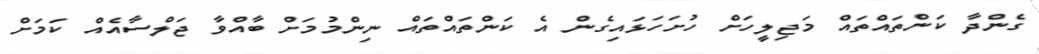
ގެންދާ ކަންތައްތައް މަޖިލީހަށް ހުށަހަޅައިގެން އެ ކަންތައްތައް ނިންމުމަށް ބާއްވާ ޖަލްސާއެއް ކަމަށް